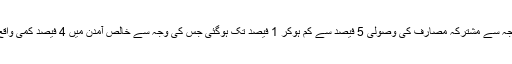
اسی وجہ سے مشترکہ مصارف کی وصولی 5 فیصد سے کم ہوکر 1 فیصد تک ہوگئی جس کی وجہ سے خالص آمدن میں 4 فیصد کمی واقع ہوئی۔